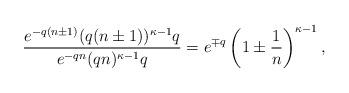
LaTeX: \begin{align*}\frac{e^{-q(n\pm1)}(q(n\pm1))^{\kappa-1}q}{e^{-qn}(qn)^{\kappa-1}q}=e^{\mp q}\left(1\pm\frac{1}{n}\right)^{\kappa-1},\end{align*}